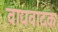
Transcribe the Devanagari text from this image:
वाद्यवादक